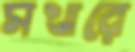
সখারে